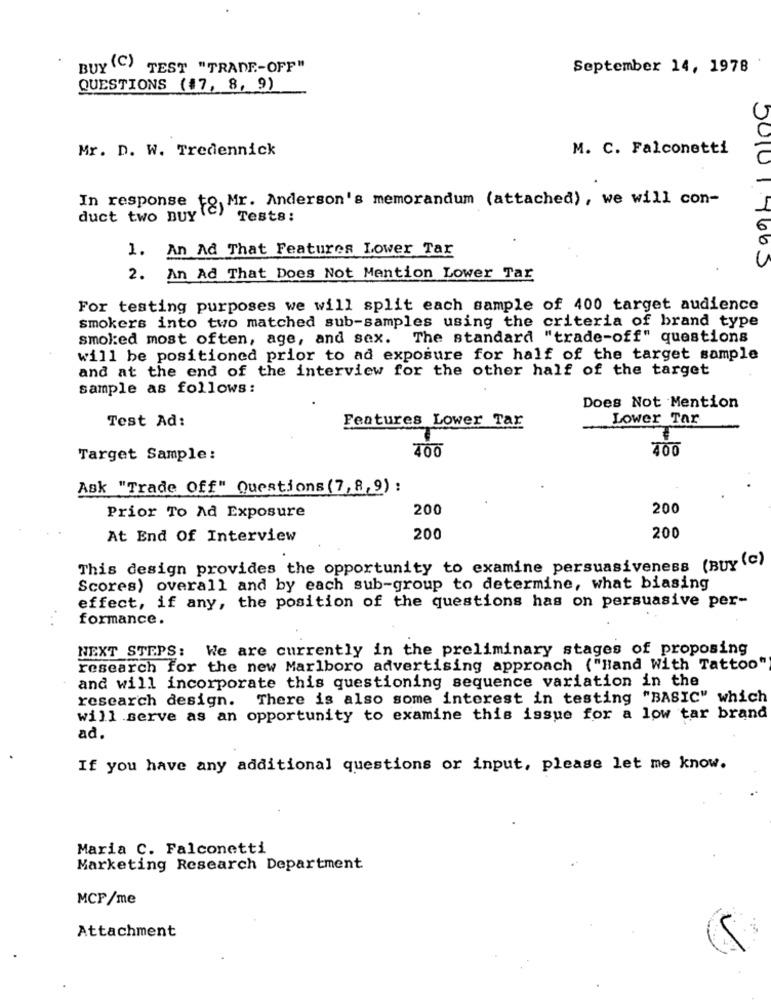
BUY (C) TEST "TRADE-OFF"
September 14, 1978
QUESTIONS (47, 8, 9)
Mr. D. W. Tredennick
M. C. Falconetti
In response to, Mr. Anderson's memorandum (attached), we will con-
duct two Buy to
Tests:
1. An Ad That Features Lower Tar
5010 1 4663
2. An Ad That Does Not Mention Lower Tar
For testing purposes we will split each sample of 400 target audience
smokers into two matched sub-samples using the criteria of brand type
smoked most often, age, and sex. The standard "trade-off" questions
will be positioned prior to ad exposure for half of the target sample
and at the end of the interview for the other half of the target
sample as follows:
Does Not Mention
Test Ad:
Features Lower Tax
Lower Tar
400
400
Target Sample:
Ask "Trade Off" Questions (7, 8,9) :
200
200
Prior To Ad Exposure
200
At End Of Interview
200
This design provides the opportunity to examine persuasiveness (BUY (C)
Scores) overall and by each sub-group to determine, what biasing
effect, if any, the position of the questions has on persuasive per-
formance.
NEXT STEPS: We are currently in the preliminary stages of proposing
research for the new Marlboro advertising approach ( "Hand With Tattoo"
and will incorporate this questioning sequence variation in the
research design. There is also some interest in testing "BASIC" which
will serve as an opportunity to examine this issue for a low tar brand
ad.
If you have any additional questions or input, please let me know.
Maria C. Falconetti
Marketing Research Department
MCF/me
Attachment